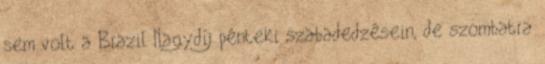
sem volt a Brazil Nagydíj pénteki szabadedzésein, de szombatra